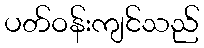
ပတ်ဝန်းကျင်သည်